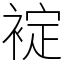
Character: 䘺